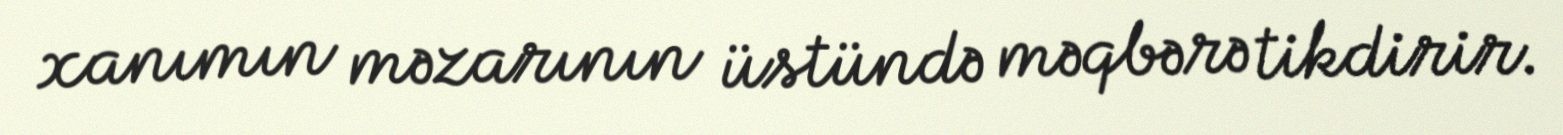
xanımın məzarının üstündə məqbərə tikdirir.